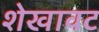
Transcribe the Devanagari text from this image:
शेखावट